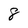
Character: 8